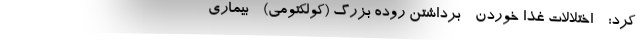
کرد: - اختلالات غذا خوردن - برداشتن روده بزرگ (کولکتومی) - بیماری